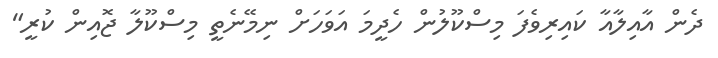
ދެން އާއިލާއާ ކައިރިވެފަ މިސްކޫލުން ހެދީމަ އަވަހަށް ނިމޭނެތީ މިސްކޫލާ ޖޮއިން ކުރީ"